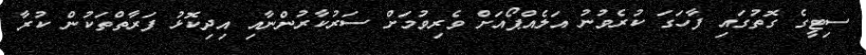
ސިޓީގެ ގޮތުގައި ފާހަގަ ކުރެވުނު އަލެއްޕޯއަށް ވެރިވުމަށް ސަރުކާރުންނާއި އިދިކޮޅު ފަރާތްތަކުން ކުރާ